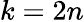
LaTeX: k=2n